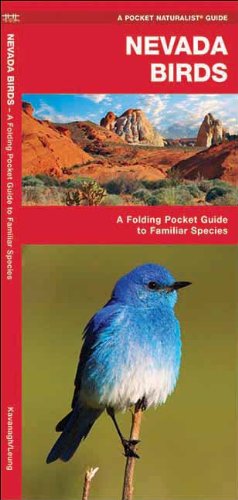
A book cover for Nevada Birds: A Folding Pocket Guide to Familiar Species (Pocket Naturalist Guide Series); James Kavanagh; Travel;